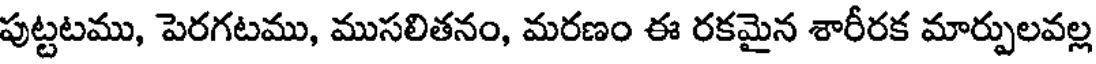
పుట్టటము, పెరగటము, ముసలితనం, మరణం ఈ రకమైన శారీరక మార్పులవల్ల